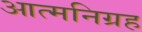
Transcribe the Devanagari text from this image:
आत्मनिग्रह